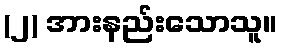
(၂) အားနည်းသောသူ။